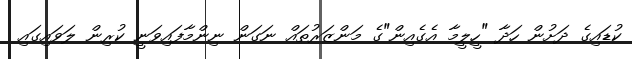
ކުޑައިގެ ދަށުން ހަދާ "ހީލީމާ އެގެއިން"ގެ މަންޒަރުތައް ނަގަން ނިންމާފައިވަނީ ކުރިން ލަވައިގައި